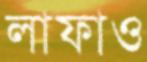
লাফাও